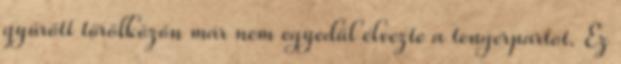
gyűrött törölközőn már nem egyedül élvezte a tengerpartot. Ez